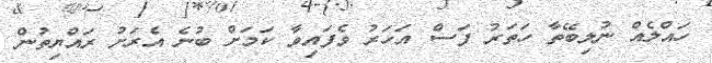
ހައްލެއް ނުލިބޭތާ ހަތަރު ފަސް އަހަރު ވެފައިވާ ކަމަށް ބުނެ އެރަށު ރައްޔިތުން